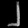
Digit: ၂